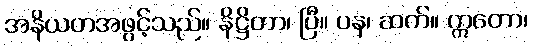
အနိယတအဖွင့်သည်။ နိဋ္ဌိတာ၊ ပြီ။ ပန၊ ဆက်။ ဣတော၊